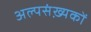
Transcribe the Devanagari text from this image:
अल्पसंख़्यकों